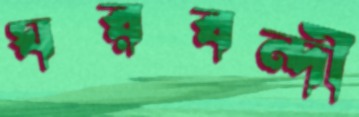
ঘরবন্দী